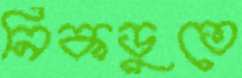
নিকডুতে